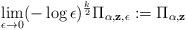
LaTeX: \begin{align*}\lim_{\epsilon\to 0}({-\log\epsilon})^{\frac{k}{2}} \Pi_{\bf \alpha, z,\epsilon}:= \Pi_{\bf \alpha, z}\end{align*}